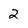
Character: 2